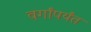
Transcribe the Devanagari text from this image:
वर्गांपर्यंत